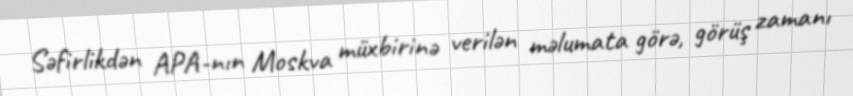
Səfirlikdən APA-nın Moskva müxbirinə verilən məlumata görə, görüş zamanı